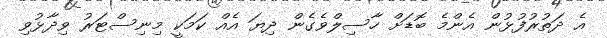
އެ ދަތުރުފުޅުން އެންމެ ބޮޑަށް ހާސިލްވެގެން ދިޔަ އެއް ކަމަކީ މިނިސްޓަރު ވިދާޅުވި